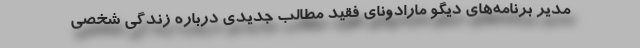
مدیر برنامه‌های دیگو مارادونای فقید مطالب جدیدی درباره زندگی شخصی